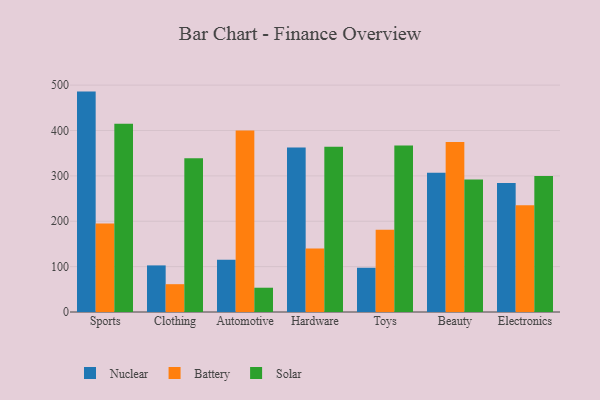
{"axis": {"x": "Category", "y": "Demand Index"}, "legend": ["Battery", "Nuclear", "Solar"], "data": [{"x": "Sports", "y": 485.7, "type": "Nuclear"}, {"x": "Sports", "y": 195.0, "type": "Battery"}, {"x": "Sports", "y": 414.8, "type": "Solar"}, {"x": "Clothing", "y": 102.7, "type": "Nuclear"}, {"x": "Clothing", "y": 61.3, "type": "Battery"}, {"x": "Clothing", "y": 338.8, "type": "Solar"}, {"x": "Automotive", "y": 114.9, "type": "Nuclear"}, {"x": "Automotive", "y": 399.8, "type": "Battery"}, {"x": "Automotive", "y": 53.5, "type": "Solar"}, {"x": "Hardware", "y": 362.4, "type": "Nuclear"}, {"x": "Hardware", "y": 139.7, "type": "Battery"}, {"x": "Hardware", "y": 363.9, "type": "Solar"}, {"x": "Toys", "y": 97.5, "type": "Nuclear"}, {"x": "Toys", "y": 181.2, "type": "Battery"}, {"x": "Toys", "y": 366.9, "type": "Solar"}, {"x": "Beauty", "y": 307.0, "type": "Nuclear"}, {"x": "Beauty", "y": 374.6, "type": "Battery"}, {"x": "Beauty", "y": 292.2, "type": "Solar"}, {"x": "Electronics", "y": 284.2, "type": "Nuclear"}, {"x": "Electronics", "y": 235.3, "type": "Battery"}, {"x": "Electronics", "y": 299.9, "type": "Solar"}]}